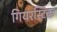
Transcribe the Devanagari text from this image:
गियरस्टिक